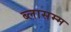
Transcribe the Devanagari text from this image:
ब्लासम्म